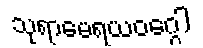
သုရာမေရယဝဂ္ဂေါ